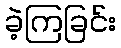
ခဲ့ကြခြင်း